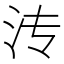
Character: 𬇘